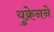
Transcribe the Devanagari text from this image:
युक्रेनने